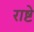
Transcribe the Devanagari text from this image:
राष्टे